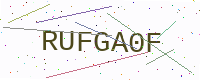
Text: RUFGA0F